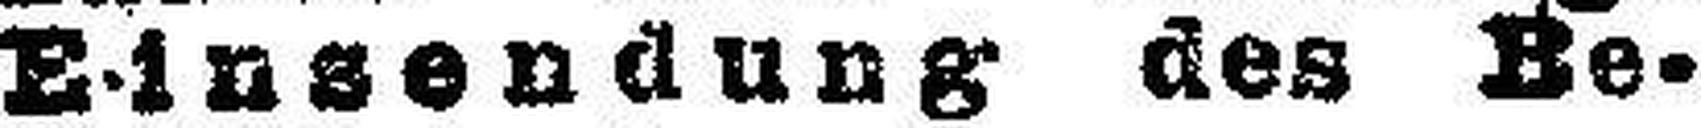
Einsendung des Be¬